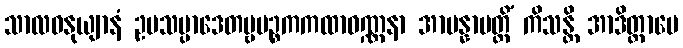
သာလဝနုယျာနံ ဥပသမ္ပာဒေတဗ္ဗပဉ္စကကထာဝဏ္ဏနာ အာပန္နာပတ္တိံ ကိသန္တိ အာဒိတ္တာပေ